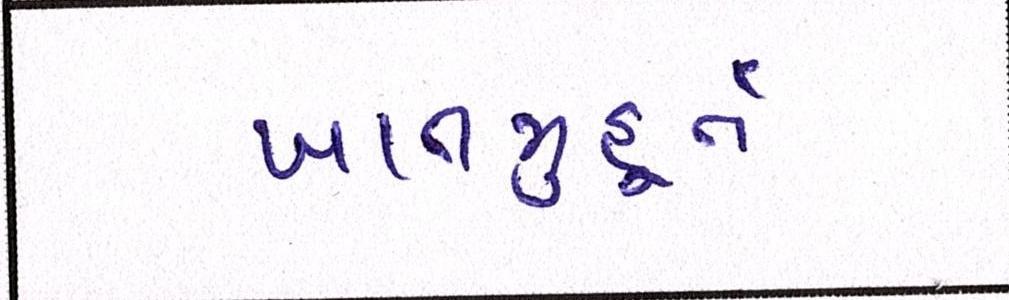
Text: ખાતમુહૂર્ત